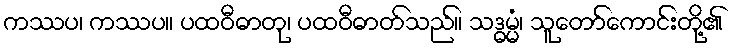
ကဿပ၊ ကဿပ။ ပထဝီဓာတု၊ ပထဝီဓာတ်သည်။ သဒ္ဓမ္မံ၊ သူတော်ကောင်းတို့၏